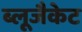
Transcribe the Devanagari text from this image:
ब्लूजैकेट